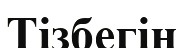
Тізбегін